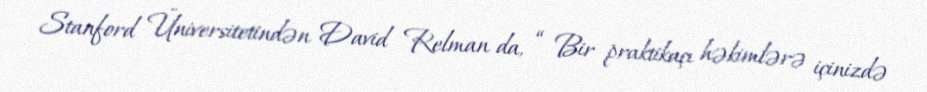
Stanford Üniversitetindən David Relman da, “ Bir praktikaçı həkimlərə içinizdə